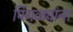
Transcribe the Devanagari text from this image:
पिंगळ्यांना